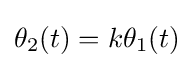
\theta _{2}(t)=k\theta _{1}(t)\,\!